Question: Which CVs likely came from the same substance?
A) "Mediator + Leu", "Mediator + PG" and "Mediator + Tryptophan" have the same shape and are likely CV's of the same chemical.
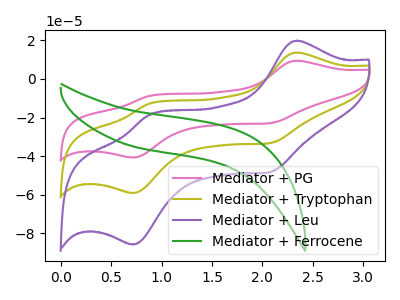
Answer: <think>The pink curve "Mediator + PG" has anodic peaks at (2.35V, 27.25uA) (0.85V, -25.85uA) and cathodic peaks at (2.10V, -66.45uA) (0.70V, -118.20uA). The olive curve "Mediator + Tryptophan" has anodic peaks at (2.35V, 13.65uA) (0.85V, -12.90uA) and cathodic peaks at (2.10V, -33.20uA) (0.70V, -59.10uA). The purple curve "Mediator + Leu" has anodic peaks at (2.35V, 19.80uA) (0.85V, -18.75uA) and cathodic peaks at (2.10V, -48.20uA) (0.70V, -85.75uA). The green curve "Mediator + Ferrocene" has no peaks.
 All the peaks in "Mediator + PG" have a peak in "Mediator + Tryptophan" at the same potential. All the peaks in "Mediator + PG" have a peak in "Mediator + Leu" at the same potential. "Mediator + PG" and "Mediator + Ferrocene" have a different number of peaks. All the peaks in "Mediator + Tryptophan" have a peak in "Mediator + Leu" at the same potential. "Mediator + Tryptophan" and "Mediator + Ferrocene" have a different number of peaks. "Mediator + Leu" and "Mediator + Ferrocene" have a different number of peaks.</think>
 <answer>A) "Mediator + Leu", "Mediator + PG" and "Mediator + Tryptophan" have the same shape and are likely CV's of the same chemical.</answer>
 <eval>A</eval>